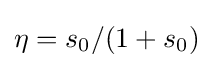
\eta =s_{0}/(1+s_{0})